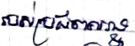
របស់ប្រជាពលរដ្ឋ